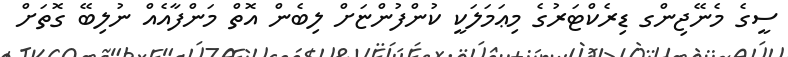
ސީގެ މެނޭޖިންގ ޑިރެކްޓަރުގެ މިޢަމަލަކީ ކުންފުންޏަށް ލިބެން އޮތް މަންފާއެއް ނުލިބޭ ގޮތަށް